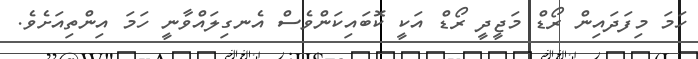
ހަމަ މިފަދައިން ރޯޑް މަޖީދީ ރޯޑް އަކީ ކޮބައިކަންވެސް އެނގިލައްވާނީ ހަމަ އިންތިއަށެވެ.